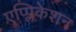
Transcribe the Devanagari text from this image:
एप्प्लिकेशन